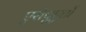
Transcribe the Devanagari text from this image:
एरोपुएर्तो